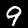
Digit: 9